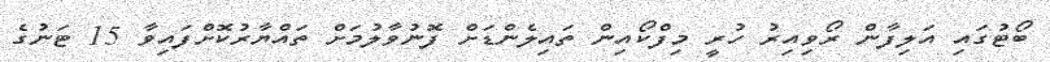
ބޯޓުގައި އަލިފާން ރޯވިއިރު ހުރީ މިފްކޯއިން ތައިލެންޑަށް ފޮނުވާލުމަށް ތައްޔާރުކޮށްފައިވާ 15 ޓަނުގެ